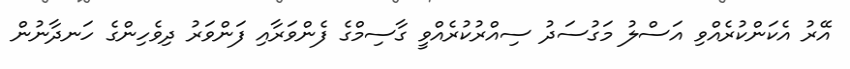
އޭރު އެކަންކުރެއްވި އަސްލު މަގުސަދު ސިއްރުކުރެއްވީ ގާސިމްގެ ފެންވަރާއި ފަންވަރު ދިވެހިންގެ ހަނދާނުން